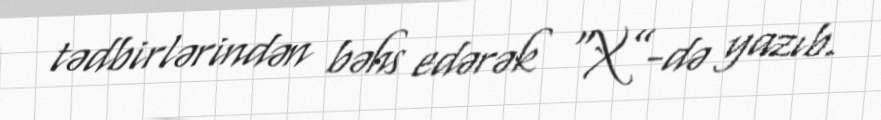
tədbirlərindən bəhs edərək “X”-də yazıb.